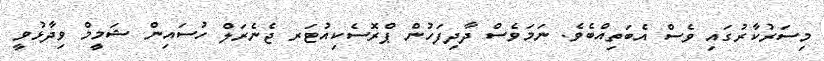
މިސަރުކާރުގައި ވެސް އެބަތިއްބެވެ. ނަމަވެސް ދާދިފަހުން ޕްރޮސެކިއުޓަރ ޖެނެރަލް ހުސައިން ޝަމީމް ވިދާޅުވީ